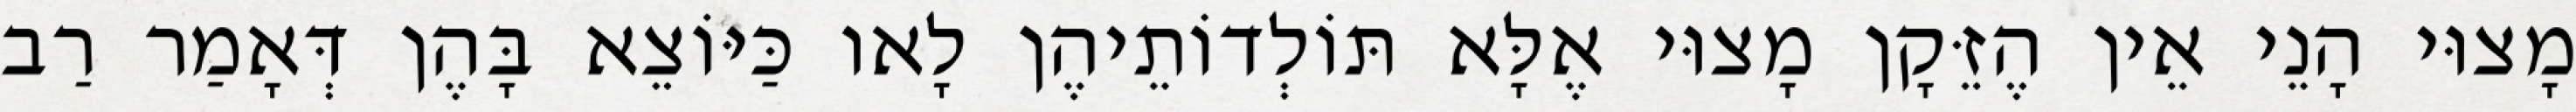
מָצוּי הָנֵי אֵין הֶזֵּקָן מָצוּי אֶלָּא תּוֹלְדוֹתֵיהֶן לָאו כַּיּוֹצֵא בָּהֶן דְּאָמַר רַב